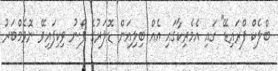
ބްލެކް ފްރައިޑޭ" ގައި އެމެރިކާގައި އެއް ބިލިއަން ޑޮލަރުގެ ފޯނު ވިކިފައިވޭ ނޮވެމްބަރު